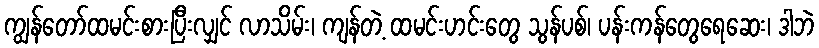
ကျွန်တော်ထမင်းစားပြီးလျှင် လာသိမ်း၊ ကျန်တဲ့ ထမင်းဟင်းတွေ သွန်ပစ်၊ ပန်းကန်တွေရေဆေး၊ ဒါဘဲ